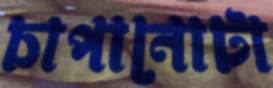
চাপানোটা